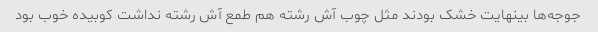
جوجه‌ها بینهایت خشک بودند مثل چوب آش رشته هم طمع آش رشته نداشت کوبیده خوب بود